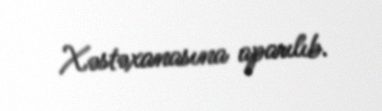
Xəstəxanasına aparılıb.